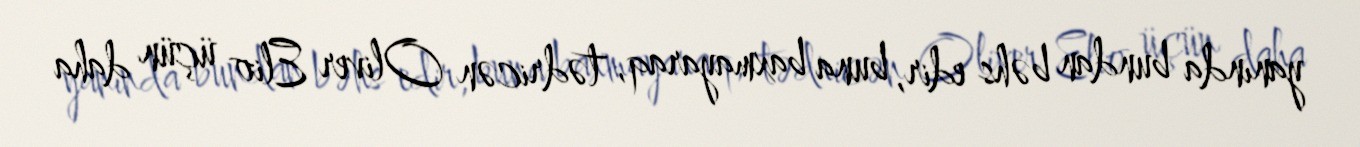
yanında bundan bəhs edir, buna baxmayaraq, tədricən Oliver Elio üçün daha